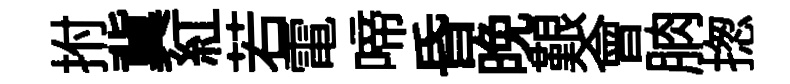
拊冀紅若電啼昏晩艱會朒揔